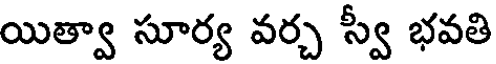
యిత్వా సూర్య వర్చ స్వీ భవతి